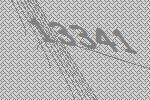
13341